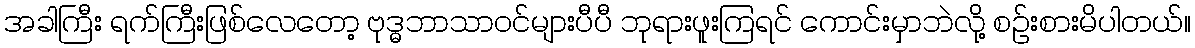
အခါကြီး ရက်ကြီးဖြစ်လေတော့ ဗုဒ္ဓဘာသာဝင်များပီပီ ဘုရားဖူးကြရင် ကောင်းမှာဘဲလို့ စဉ်းစားမိပါတယ်။